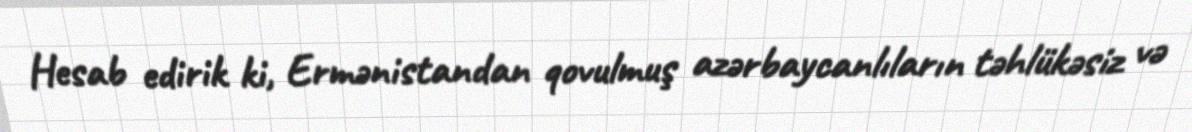
Hesab edirik ki, Ermənistandan qovulmuş azərbaycanlıların təhlükəsiz və